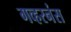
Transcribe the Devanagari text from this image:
गव्हरनंस